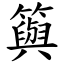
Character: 籅